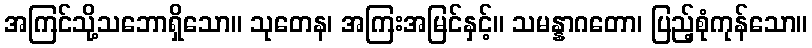
အကြင်သို့သဘောရှိသော။ သုတေန၊ အကြးအမြင်နှင့်။ သမန္နာဂတော၊ ပြည့်စုံကုန်သော။